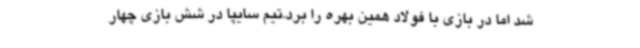
شد اما در بازی با فولاد همین بهره را برد.تیم سایپا در شش بازی چهار